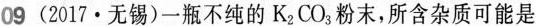
09 (2017·无锡)一瓶不纯的K_{2}CO_{3}粉末，所含杂质可能是